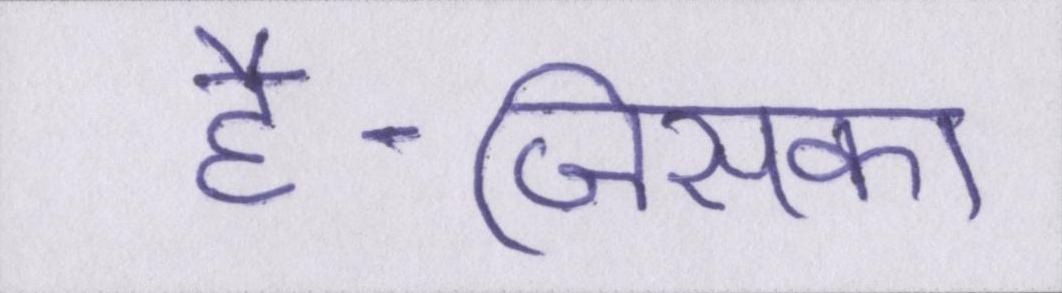
है-जिसका